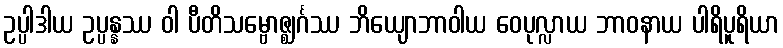
ဥပ္ပါဒါယ ဥပ္ပန္နဿ ဝါ ပီတိသမ္ဗောဇ္ဈင်္ဂဿ ဘိယျောဘာဝါယ ဝေပုလ္လာယ ဘာဝနာယ ပါရိပူရိယာ